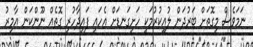
ނަމަވެސް މިގޮތަށް ބަރުދަން ލުއިކުރުމަކީ ހަށިގަނޑަށް އެހައި ފައިދާހުރި ގޮތެއް ނޫންކަން އާމިރު